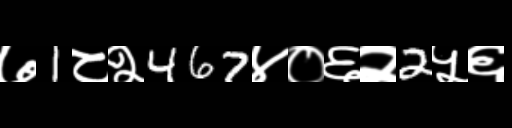
Text: ७1८२467४०६२2५६